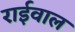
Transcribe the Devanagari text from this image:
राईवाल